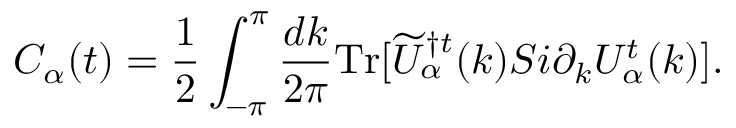
C _ { \alpha } ( t ) = \frac { 1 } { 2 } \int _ { - \pi } ^ { \pi } \frac { d k } { 2 \pi } \mathrm { T r } [ \widetilde { U } _ { \alpha } ^ { \dagger t } ( k ) { \cal S } i \partial _ { k } U _ { \alpha } ^ { t } ( k ) ] .